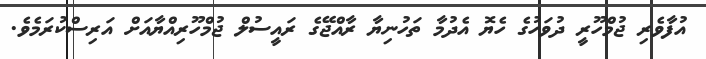
އުފާވެރި ޖުމްހޫރީ ދުވަހުގެ ހެޔޮ އެދުމާ ތަހުނިޔާ ރާއްޖޭގެ ރައީސުލް ޖުމްހޫރިއްޔާއަށް އަރިސްކުރަމެވެ.